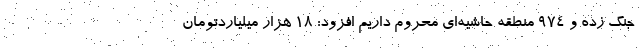
جنگ زده و ۹۷۴ منطقه حاشیه‌ای محروم داریم افزود: ۱۸ هزار میلیاردتومان